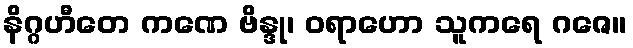
နိဂ္ဂဟီတေ ကဏေ ဗိန္ဒု၊ ဝရာဟော သူကရေ ဂဇေ။